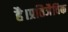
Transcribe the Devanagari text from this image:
है।प्रतिजैविक